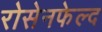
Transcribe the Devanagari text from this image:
रोसेनफेल्द